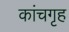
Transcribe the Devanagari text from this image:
कांचगृह